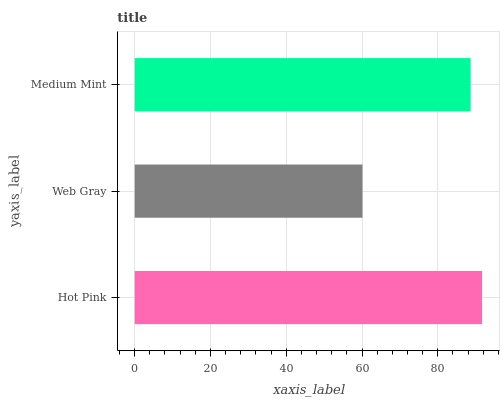
| yaxis_label | bars |
 | --- | --- |
 | Hot Pink | 91.7 |
 | Web Gray | 60.1 |
 | Medium Mint | 88.7 |